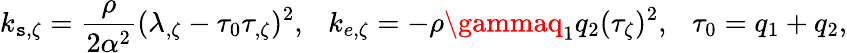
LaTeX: k_{\mathtt{s},\zeta}={\frac{{\rho}}{{2\alpha^{2}}}}(\lambda_{,\zeta}-\tau_{0}\tau_{,\zeta})^{2},\ \ \ k_{e,\zeta}=-\rho\gammaq_{1}q_{2}(\tau_{\zeta})^{2},\ \ \ \tau_{0}=q_{1}+q_{2},